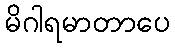
မိဂါရမာတာပေ